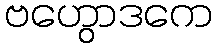
ဗဟွောဒကေ